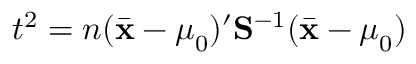
t ^ { 2 } = n ( { \bar { \mathbf { x } } } - { { \boldsymbol { \mu } } _ { 0 } } ) ^ { \prime } { \mathbf { S } } ^ { - 1 } ( { \bar { \mathbf { x } } } - { { \boldsymbol { \mu } } _ { 0 } } )